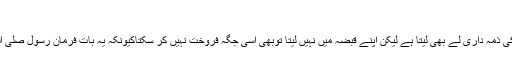
”19
اس سے ثابت ہواکہ اگر مشتری نقصان کی ذمہ داری لے بھی لیتا ہے لیکن اپنے قبضہ میں نہیں لیتا توبھی اسی جگہ فروخت نہیں کر سکتاکیونکہ یہ بات فرمانِ رسول صلی اللہ علیہ وسلم کی حکمت کے خلاف ہے ۔